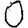
Digit: 0